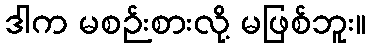
ဒါက မစဉ်းစားလို့ မဖြစ်ဘူး။